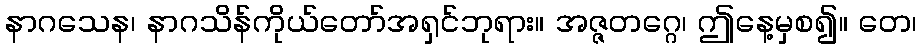
နာဂသေန၊ နာဂသိန်ကိုယ်တော်အရှင်ဘုရား။ အဇ္ဇတဂ္ဂေ၊ ဤနေ့မှစ၍။ တေ၊